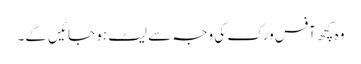
وہ کچھ آفس ورک کی وجہ سے لیٹ ہو جائیں گے۔